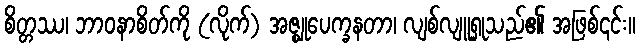
စိတ္တဿ၊ ဘာဝနာစိတ်ကို (လိုက်) အဇ္ဈုပေက္ခနတာ၊ လျစ်လျူရှုသည်၏ အဖြစ်၎င်း။